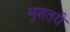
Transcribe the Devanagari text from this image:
मुशतरी